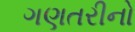
ગણતરીનો